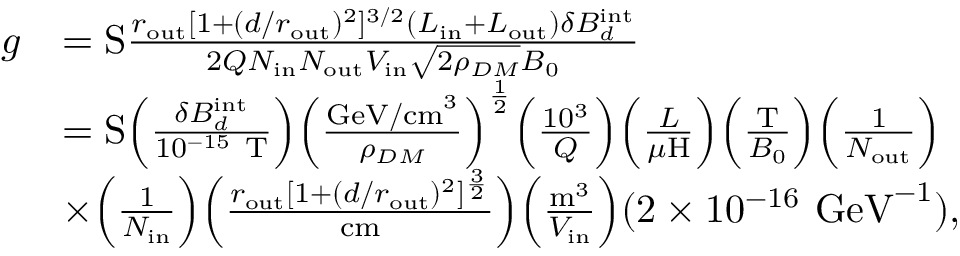
\begin{array} { r l } { g } & { = \mathrm { S } \frac { r _ { \mathrm { o u t } } [ 1 + ( d / r _ { \mathrm { o u t } } ) ^ { 2 } ] ^ { 3 / 2 } ( L _ { \mathrm { i n } } + L _ { \mathrm { o u t } } ) \delta B _ { d } ^ { \mathrm { i n t } } } { 2 Q N _ { \mathrm { i n } } N _ { \mathrm { o u t } } V _ { \mathrm { i n } } \sqrt { 2 \rho _ { D M } } B _ { 0 } } } \\ & { = \mathrm { S } \Big ( \frac { \delta B _ { d } ^ { \mathrm { i n t } } } { 1 0 ^ { - 1 5 } ~ \mathrm { T } } \Big ) \Big ( \frac { \mathrm { G e V / c m } ^ { 3 } } { \rho _ { D M } } \Big ) ^ { \frac { 1 } { 2 } } \Big ( \frac { 1 0 ^ { 3 } } { Q } \Big ) \Big ( \frac { L } { \mu \mathrm { H } } \Big ) \Big ( \frac { \mathrm { T } } { B _ { 0 } } \Big ) \Big ( \frac { 1 } { N _ { \mathrm { o u t } } } \Big ) } \\ & { \times \Big ( \frac { 1 } { N _ { \mathrm { i n } } } \Big ) \Big ( \frac { r _ { \mathrm { o u t } } [ 1 + ( d / r _ { \mathrm { o u t } } ) ^ { 2 } ] ^ { \frac { 3 } { 2 } } } { \mathrm { c m } } \Big ) \Big ( \frac { \mathrm { m } ^ { 3 } } { V _ { \mathrm { i n } } } \Big ) ( 2 \times 1 0 ^ { - 1 6 } ~ \mathrm { G e V } ^ { - 1 } ) , } \end{array}